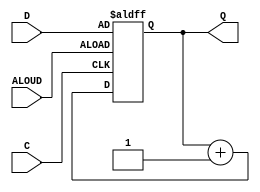
`timescale 1ns / 1ps

module unsigned_Up_asyncLoad_counter(
    input C,
    input ALOUD,
    input [3:0] D,
    output [3:0] Q
    );
	 
	 reg [3:0] temp;
	 always @ (posedge C or posedge ALOUD) begin
		if (ALOUD)
			temp <= D;
		else
			temp <= temp + 1'b1;
	 end
	 assign Q = temp;

endmodule